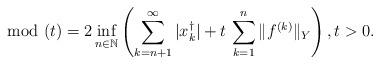
LaTeX: \begin{align*} \mod(t)=2 \inf \limits_{n \in \mathbb{N}} \left(\sum \limits_{k=n+1}^\infty |x_k^\dagger| + t\,\sum \limits_{k=1}^n \|f^{(k)}\|_Y \right),t>0.\end{align*}